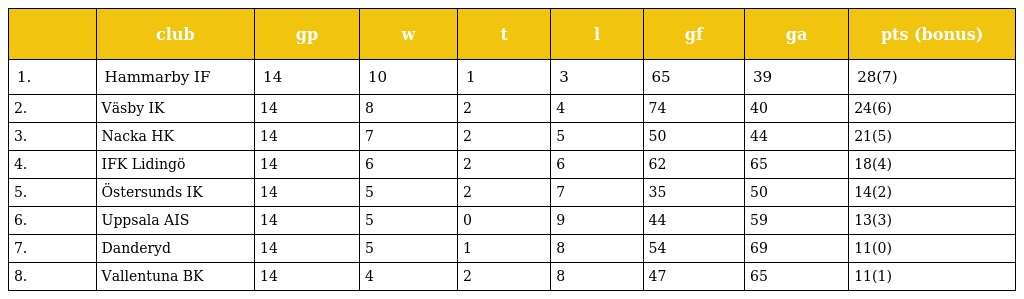
|  | club | gp | w | t | l | gf | ga | pts (bonus) |
 | --- | --- | --- | --- | --- | --- | --- | --- | --- |
 | 1. | Hammarby IF | 14 | 10 | 1 | 3 | 65 | 39 | 28(7) |
 | 2. | Väsby IK | 14 | 8 | 2 | 4 | 74 | 40 | 24(6) |
 | 3. | Nacka HK | 14 | 7 | 2 | 5 | 50 | 44 | 21(5) |
 | 4. | IFK Lidingö | 14 | 6 | 2 | 6 | 62 | 65 | 18(4) |
 | 5. | Östersunds IK | 14 | 5 | 2 | 7 | 35 | 50 | 14(2) |
 | 6. | Uppsala AIS | 14 | 5 | 0 | 9 | 44 | 59 | 13(3) |
 | 7. | Danderyd | 14 | 5 | 1 | 8 | 54 | 69 | 11(0) |
 | 8. | Vallentuna BK | 14 | 4 | 2 | 8 | 47 | 65 | 11(1) |